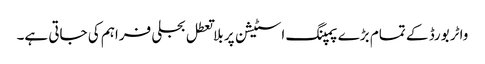
واٹر بورڈ کے تمام بڑے پمپنگ اسٹیشن پر بلا تعطل بجلی فراہم کی جاتی ہے۔